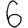
Digit: 6